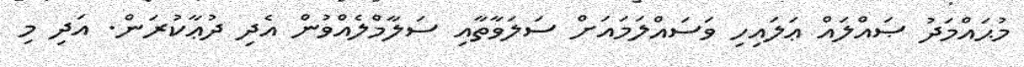
މުޙައްމަދު ޞައްލައް ޢަލައިހި ވަސައްލަމައަށް ސަލަވާތާއި ސަލާމްލެއްވުން އެދި ދުޢާކުރަން. އަދި މި